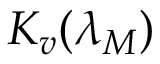
K _ { v } ( \lambda _ { M } )